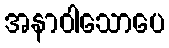
အနာဝါသောပေ